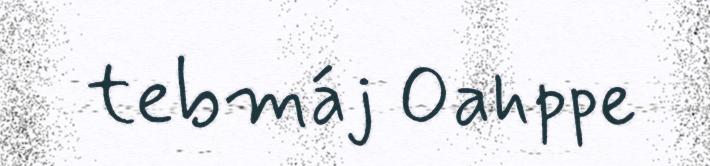
tebmáj Oahppe